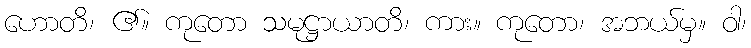
ဟောတိ၊ ၏။ ကုတော သမုဋ္ဌာယာတိ၊ ကား။ ကုတော၊ အဘယ်မှ။ ဝါ၊